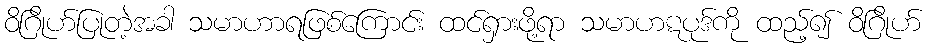
ဝိဂြိုဟ်ပြုတဲ့အခါ သမာဟာရဖြစ်ကြောင်း ထင်ရှားဖို့ရာ သမာဟဋပုဒ်ကို ထည့်၍ ဝိဂြိုဟ်